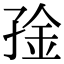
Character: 𫲧